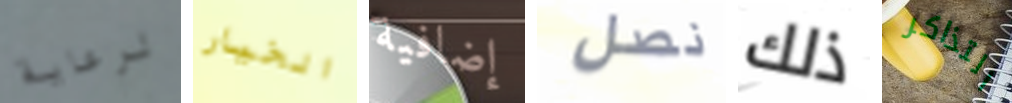
لرعاية الخيار إضافية نصل ذلك التذاكر